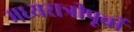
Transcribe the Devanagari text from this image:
मध्यरात्रीपूर्वी